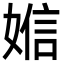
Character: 㜃